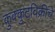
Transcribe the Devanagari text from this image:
कुक्कुटविक्रीचे